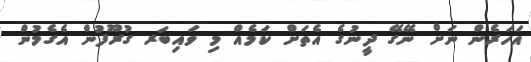
އަހަރެން ނަށް ނޭގޭ ދީނުގެ އެތަށް ކަމެއް މި ވައިބަރ ގުރޫފުން އެގެމުން